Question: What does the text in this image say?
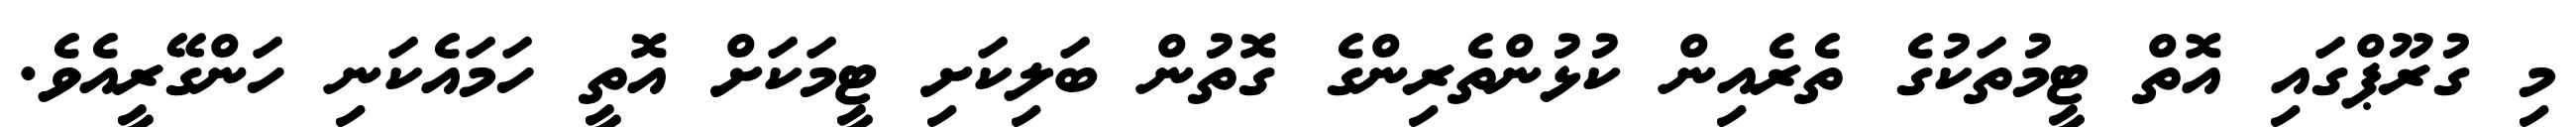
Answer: މި ގުރޫޕްގައި އޮތް ޓީމުތަކުގެ ތެރެއިން ކުޅުންތެރިންގެ ގޮތުން ބަލިކަށި ޓީމަކަށް އޮތީ ހަމައެކަނި ހަންގޭރީއެވެ.